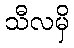
သီလမှိ